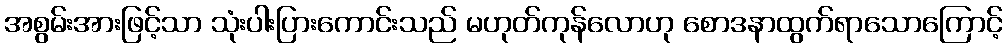
အစွမ်းအားဖြင့်သာ သုံးပါးပြားကောင်းသည် မဟုတ်ကုန်လောဟု စောဒနာထွက်ရာသောကြောင့်